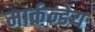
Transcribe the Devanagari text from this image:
मार्कन्डेय